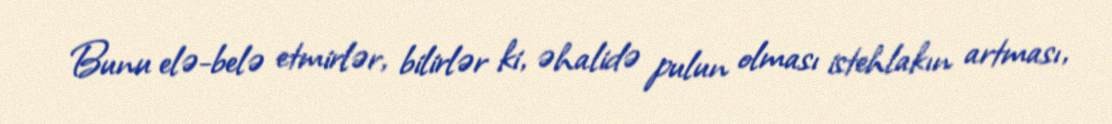
Bunu elə-belə etmirlər, bilirlər ki, əhalidə pulun olması istehlakın artması,